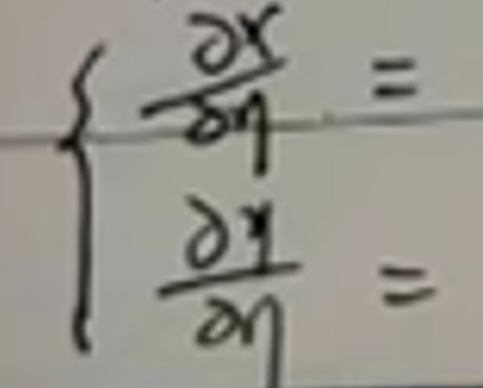
\[
\left\{
\begin{array}{l}
\frac{\partial x}{\partial y}=\\
\frac{\partial y}{\partial y}=
\end{array}
\right.
\]